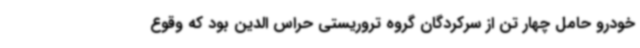
خودرو حامل چهار تن از سرکردگان گروه تروریستی حراس الدین بود که وقوع